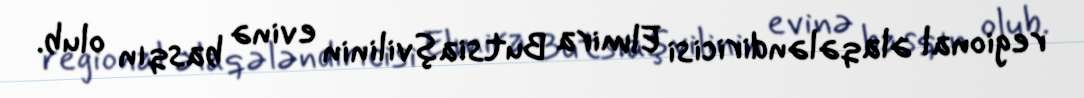
regional əlaqələndiricisi Elmira Butsiaşvilinin evinə basqın olub.